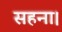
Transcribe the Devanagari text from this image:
सहना।